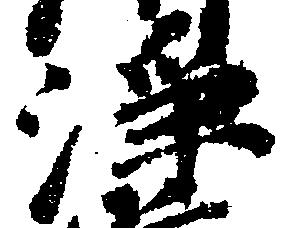
浄